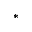
^ *